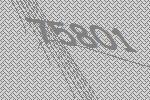
75801